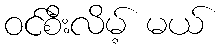
ဝင်စီးလိမ့် မယ်